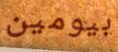
بيومين